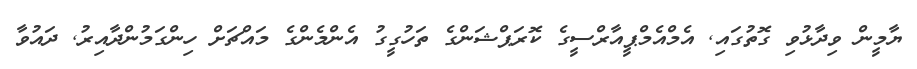
ޔާމީން ވިދާޅުވި ގޮތުގައި